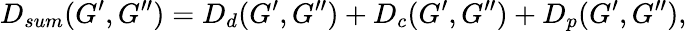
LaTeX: D_{sum}(G^{\prime},G^{\prime\prime})=D_{d}(G^{\prime},G^{\prime\prime})+D_{c}(G^{\prime},G^{\prime\prime})+D_{p}(G^{\prime},G^{\prime\prime}),